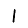
Digit: 1